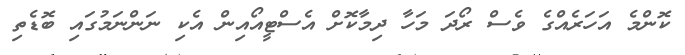
ކޮންމެ އަހަރެއްގެ ވެސް ރޯދަ މަހާ ދިމާކޮށް އެސްޓީއޯއިން އެކި ނަންނަމުގައި ބޮޑެތި